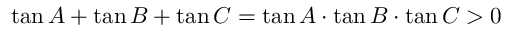
\tan A + \tan B + \tan C = \tan A \cdot \tan B \cdot \tan C > 0